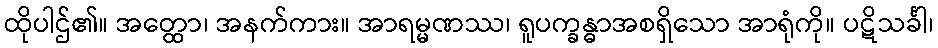
ထိုပါဌ်၏။ အတ္ထော၊ အနက်ကား။ အာရမ္မဏဿ၊ ရူပက္ခန္ဓာအစရှိသော အာရုံကို။ ပဋိသင်္ခါ၊